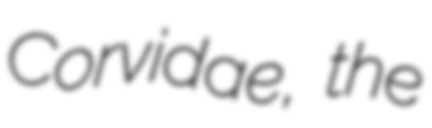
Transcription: Corvidae, the